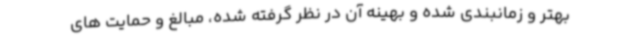
بهتر و زمانبندی شده و بهینه آن در نظر گرفته شده، مبالغ و حمایت های